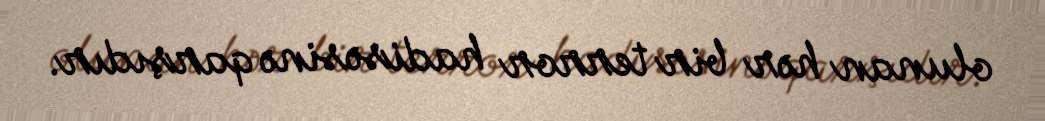
olunan hər bir terror hadisəsinə qarşıdır.